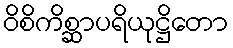
ဝိစိကိစ္ဆာပရိယုဋ္ဌိတော